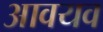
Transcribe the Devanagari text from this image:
आवयव